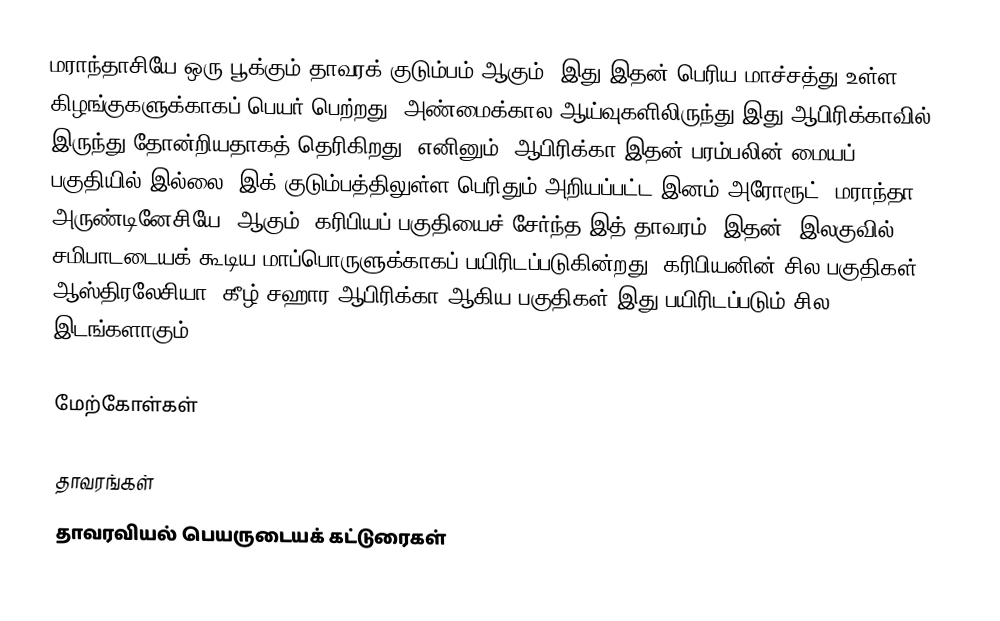
மராந்தாசியே ஒரு பூக்கும் தாவரக் குடும்பம் ஆகும். இது இதன் பெரிய மாச்சத்து உள்ள கிழங்குகளுக்காகப் பெயர் பெற்றது. அண்மைக்கால ஆய்வுகளிலிருந்து இது ஆபிரிக்காவில் இருந்து தோன்றியதாகத் தெரிகிறது. எனினும், ஆபிரிக்கா இதன் பரம்பலின் மையப் பகுதியில் இல்லை. இக் குடும்பத்திலுள்ள பெரிதும் அறியப்பட்ட இனம் அரோரூட் (மராந்தா அருண்டினேசியே) ஆகும். கரிபியப் பகுதியைச் சேர்ந்த இத் தாவரம், இதன், இலகுவில் சமிபாடடையக் கூடிய மாப்பொருளுக்காகப் பயிரிடப்படுகின்றது. கரிபியனின் சில பகுதிகள், ஆஸ்திரலேசியா, கீழ்-சஹார ஆபிரிக்கா ஆகிய பகுதிகள் இது பயிரிடப்படும் சில இடங்களாகும்.

மேற்கோள்கள்

தாவரங்கள்
தாவரவியல் பெயருடையக் கட்டுரைகள்